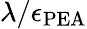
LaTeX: \lambda/\epsilon_{\mathrm{PEA}}